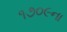
૧૭૦૯ના